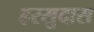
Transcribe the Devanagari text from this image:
हरसुदास